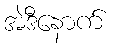
အဲဒီနောက်